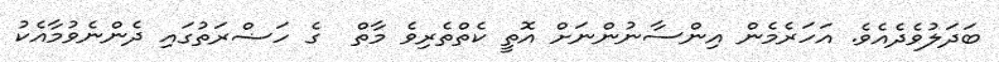
ބަދަލުވެދެއެވެ. އަހަރެމެން އިންސާނުންނަށް އޮތީ ކެތްތެރިވެ މާތް  ގެ ހަޟްރަތުގައި ދެންނެވުމާއެކު